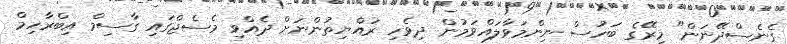
ގެނެސްދޭނަން" މިރޭގެ ބަހުސް ނިންމަވާލައްވަމުން ދިވެހި ރައްޔިތުންނަށް ދެއްވި މެސެޖްގައި ގާސިމް އިބްރާހިމް